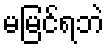
မမြင်ရဘဲ